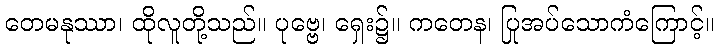
တေမနုဿာ၊ ထိုလူတို့သည်။ ပုဗ္ဗေ၊ ရှေး၌။ ကတေန၊ ပြုအပ်သောကံကြောင့်။